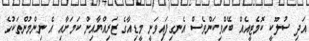
އަދި ސުލޫކީ ކޮމެޓީއެއް ބޭއްވިކަންވެސް އެނގިފައިވަނީ މީޑިއާގެ ޒަރިއްޔާއިން ކަމަށާއި އެ ނިންމުންތަކުގެ